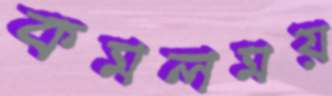
কমলময়